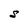
Character: S